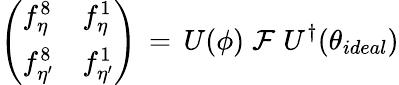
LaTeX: \left(\begin{array}{ll}{{f_{\eta}^{8}}}&{{f_{\eta}^{1}}}\\ {{f_{\eta^{\prime}}^{8}}}&{{f_{\eta^{\prime}}^{1}}}\end{array}\right)\, =\, U(\phi)\; {\mathcal F}\; U^{\dagger}(\theta_{ideal})